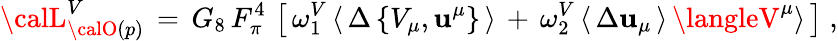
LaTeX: {\calL}_{{\calO}(p)}^{V}\, =\, G_{8}\, F_{\pi}^{4}\, \left[\, \omega_{1}^{V}\, \langle\, \Delta\, \{ V_{\mu},\mathbf{u}^{\mu}\} \, \rangle\, +\, \omega_{2}^{V}\, \langle\, \Delta\mathbf{u}_{\mu}\, \rangle\, \langleV^{\mu}\rangle\, \right]\; ,